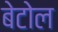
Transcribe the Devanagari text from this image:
बेटोल